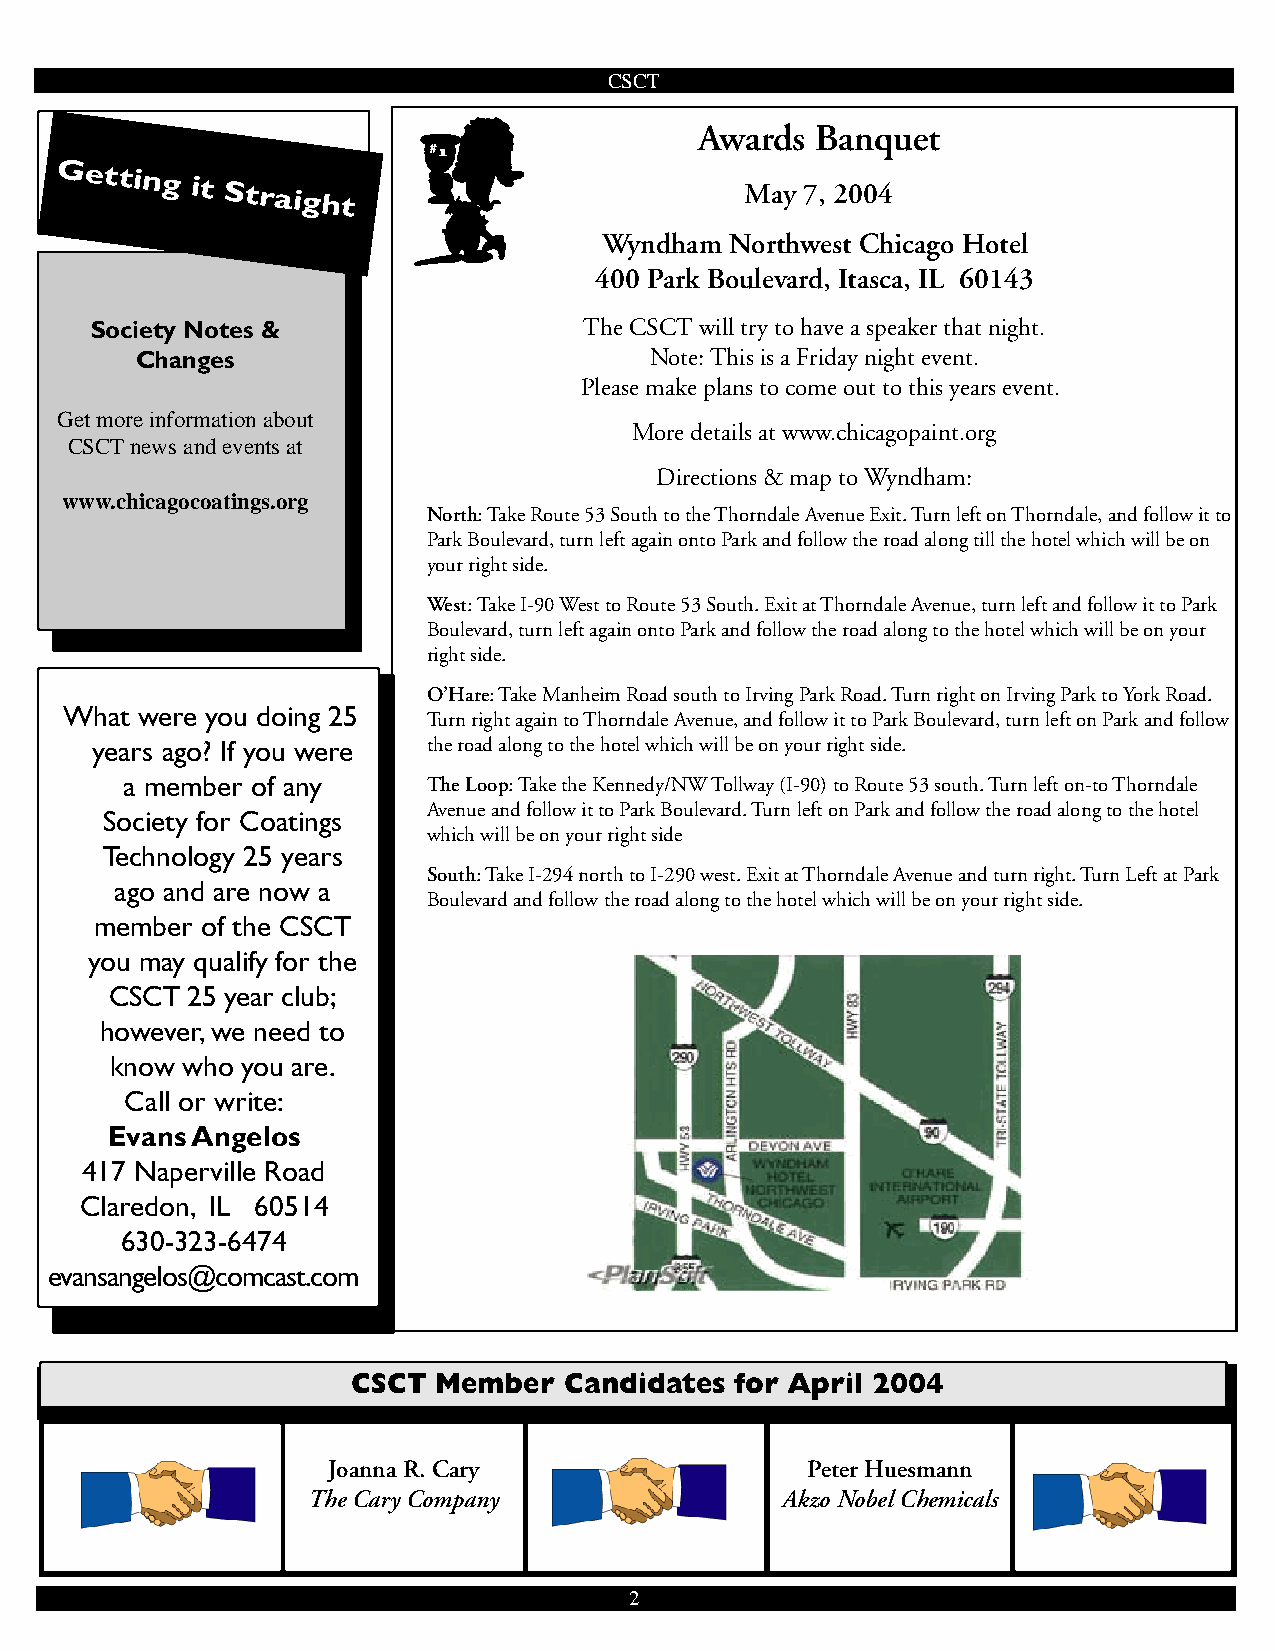
CSCT
 Awards  Banquet
 Getting
 it Straight                         May 7, 2004
 Wyndham Northwest Chicago Hotel
 400 Park Boulevard, Itasca, IL 60143
 Society Notes &                  The CSCT will try to have a speaker that night.
 Changes                           Note: This is a Friday night event.
 Please make plans to come out to this years event.
 Get more information about
 More details at www.chicagopaint.org
 CSCT news and events at
 Directions & map to Wyndham:
 www.chicagocoatings.org
 North: Take Route 53 South to the Thorndale Avenue Exit. Turn left on Thorndale, and follow it to
 Park Boulevard, turn left again onto Park and follow the road along till the hotel which will be on
 your right side.
 West: Take I-90 West to Route 53 South. Exit at Thorndale Avenue, turn left and follow it to Park
 Boulevard, turn left again onto Park and follow the road along to the hotel which will be on your
 right side.
 O’Hare: Take Manheim Road south to Irving Park Road. Turn right on Irving Park to York Road.
 What were you doing 25
 Turn right again to Thorndale Avenue, and follow it to Park Boulevard, turn left on Park and follow
 years ago? If you were the road along to the hotel which will be on your right side.
 a member of any     The Loop: Take the Kennedy/NW Tollway (I-90) to Route 53 south. Turn left on-to Thorndale
 Avenue and follow it to Park Boulevard. Turn left on Park and follow the road along to the hotel
 Society for Coatings
 which will be on your right side
 Technology 25 years
 South: Take I-294 north to I-290 west. Exit at Thorndale Avenue and turn right. Turn Left at Park
 ago and are now a
 Boulevard and follow the road along to the hotel which will be on your right side.
 member of the CSCT
 you may qualify for the
 CSCT 25 year club;
 however, we need to
 know who you are.
 Call or write:
 Evans Angelos
 417 Naperville Road
 Claredon, IL 60514
 630-323-6474
 evansangelos@comcast.com
 CSCT  Member  Candidates  for April 2004
 Joanna R. Cary                 Peter Huesmann
 The Cary Company                Akzo Nobel Chemicals
 2